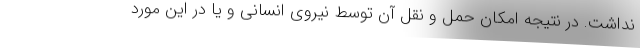
نداشت. در نتیجه امکان حمل و نقل آن توسط نیروی انسانی و یا در این مورد